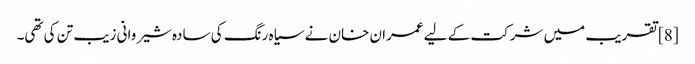
[8] تقریب میں شرکت کے لیے عمران خان نے سیاہ رنگ کی سادہ شیروانی زیب تن کی تھی۔